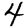
Digit: 4